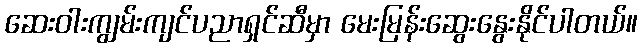
ဆေးဝါးကျွမ်းကျင်ပညာရှင်ဆီမှာ မေးမြန်းဆွေးနွေးနိုင်ပါတယ်။